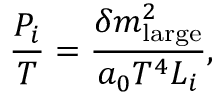
{ \frac { P _ { i } } { T } } = { \frac { \delta m _ { \mathrm { l a r g e } } ^ { 2 } } { a _ { 0 } T ^ { 4 } L _ { i } } } ,